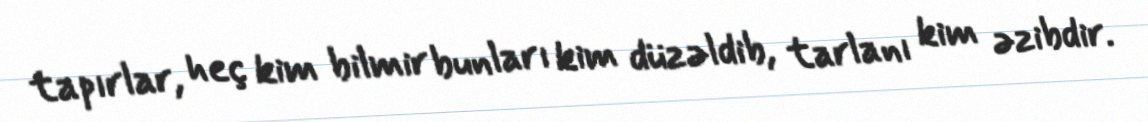
tapırlar, heç kim bilmir bunları kim düzəldib, tarlanı kim əzibdir.